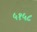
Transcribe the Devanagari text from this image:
५१५८